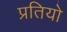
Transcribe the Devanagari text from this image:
प्रतियो